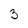
Character: 3